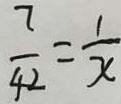
\frac { 7 } { 4 2 } = \frac { 1 } { x }